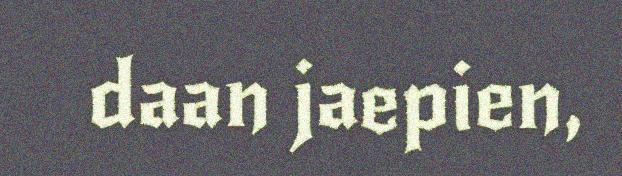
daan jaepien,